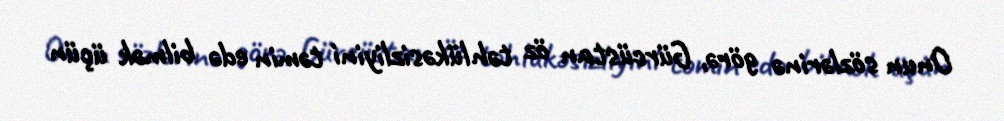
Onun sözlərinə görə, Gürcüstan öz təhlükəsizliyini təmin edə bilmək üçün